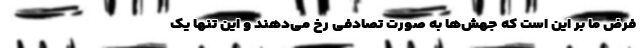
فرض ما بر این است که جهش‌ها به صورت تصادفی رخ می‌دهند و این تنها یک